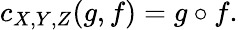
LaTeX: c_{X,Y,Z}(g,f)=g\circ f.